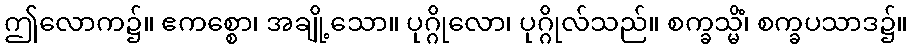
ဤလောက၌။ ဧကစ္စော၊ အချို့သော။ ပုဂ္ဂိုလော၊ ပုဂ္ဂိုလ်သည်။ စက္ခသ္မိံ၊ စက္ခပသာဒ၌။